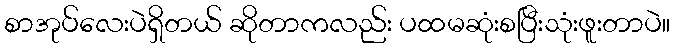
စာအုပ်လေးပဲရှိတယ် ဆိုတာကလည်း ပထမဆုံးစပြီးသုံးဖူးတာပဲ။